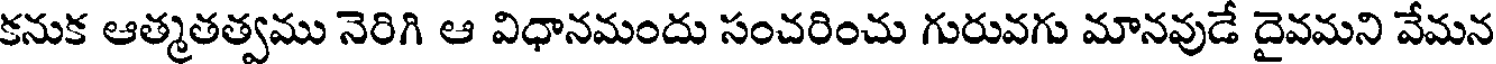
కనుక ఆత్మతత్వము నెరిగి ఆ విధానమందు సంచరించు గురువగు మానవుడే దైవమని వేమన